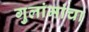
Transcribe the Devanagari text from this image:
गुलांमांचा